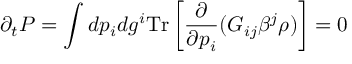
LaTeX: \partial _ { t } P = \int d p _ { i } d g ^ { i } \mathrm { T r } \left[ { \frac { \partial } { \partial p _ { i } } } ( G _ { i j } \beta ^ { j } \rho ) \right] = 0